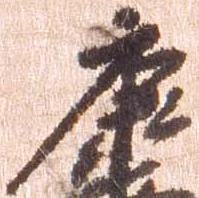
康